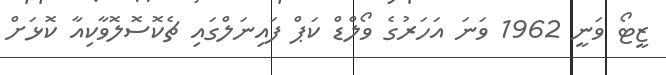
ޒީޓޯ ވަނީ 1962 ވަނަ އަހަރުގެ ވޯލްޑް ކަޕް ފައިނަލްގައި ޗެކޮސޮލޮވާކިއާ ކޮޅަށް